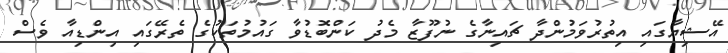
އޭޝިޔާގައި އިތުރުވަމުންދާ ޗައިނާގެ ނުފޫޒާ މެދު ކަންބޮޑުވާ ގައުމުތަކުގެ ތެރޭގައި އިންޑިއާ ވެސް